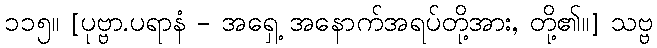
၁၁၅။ [ပုဗ္ဗာ.ပရာနံ - အရှေ့ အနောက်အရပ်တို့အား, တို့၏။] သဗ္ဗ